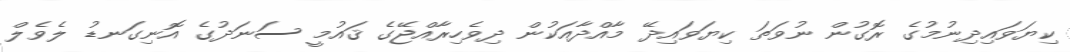
ކިޔަވައިދިނުމުގެ ރޮގުން ނުވަތަ ކިޔަވައިދޭ މާއްދާއަކުން ދިވެހިރާއްޖޭގެ ޤައުމީ ސަނަދުގެ އޮނިގަނޑު ލެވެލް